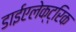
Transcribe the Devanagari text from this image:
डाईएलेक्ट्रिक